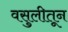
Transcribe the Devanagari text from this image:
वसुलीतून